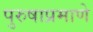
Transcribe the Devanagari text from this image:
पुरुषाप्रमाणे